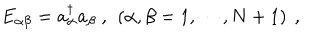
LaTeX: E _ { \alpha \beta } = a _ { \alpha } ^ { \dagger } a _ { \beta } \ , \ \left( \alpha , \beta = 1 , \cdots , N + 1 \right) \ ,